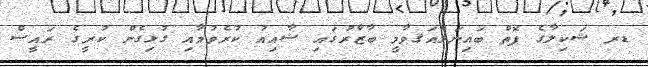
ޑރ ޝަކިލާގެ ފޮތް ބައިނަލްއަޤވާމީ ބާޒާރުގައި ޝާއިއު ކުރެވުމާއި ގުޅިގެން ކުރީގެ ރައީސް